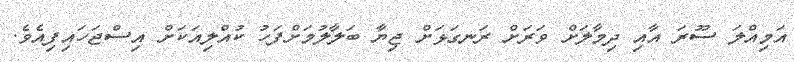
އަމިއްލަ ސޫރަ އާއި ދިމާލަށް ވަރަށް ރަނގަޅަށް ޖިޔާ ބަލާލުމަށްފަހު ކުއްލިއަކަށް އިސްޖަހައިފިއެވެ.